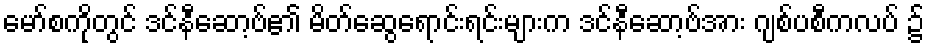
မော်စကိုတွင် ဒင်နီဆော့ဗ်၏ မိတ်ဆွေရောင်းရင်းများက ဒင်နီဆော့ဗ်အား ဂျစ်ပစီကလပ် ၌